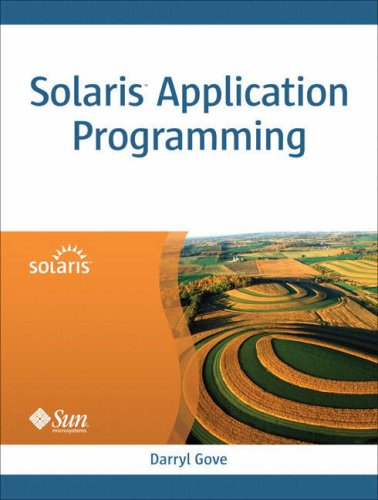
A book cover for Solaris Application Programming; Darryl Gove; Computers & Technology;